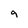
Character: 9